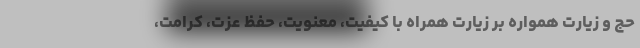
حج و زیارت همواره بر زیارت همراه با کیفیت، معنویت، حفظ عزت، کرامت،